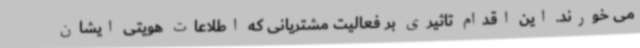
می خورند. این اقدام تاثیری بر فعالیت مشتریانی که اطلاعات هویتی ایشان